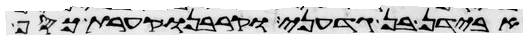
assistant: אבידן בן גדעוני וקרבנו קערת כסף